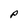
Character: p